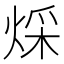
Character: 𤊕